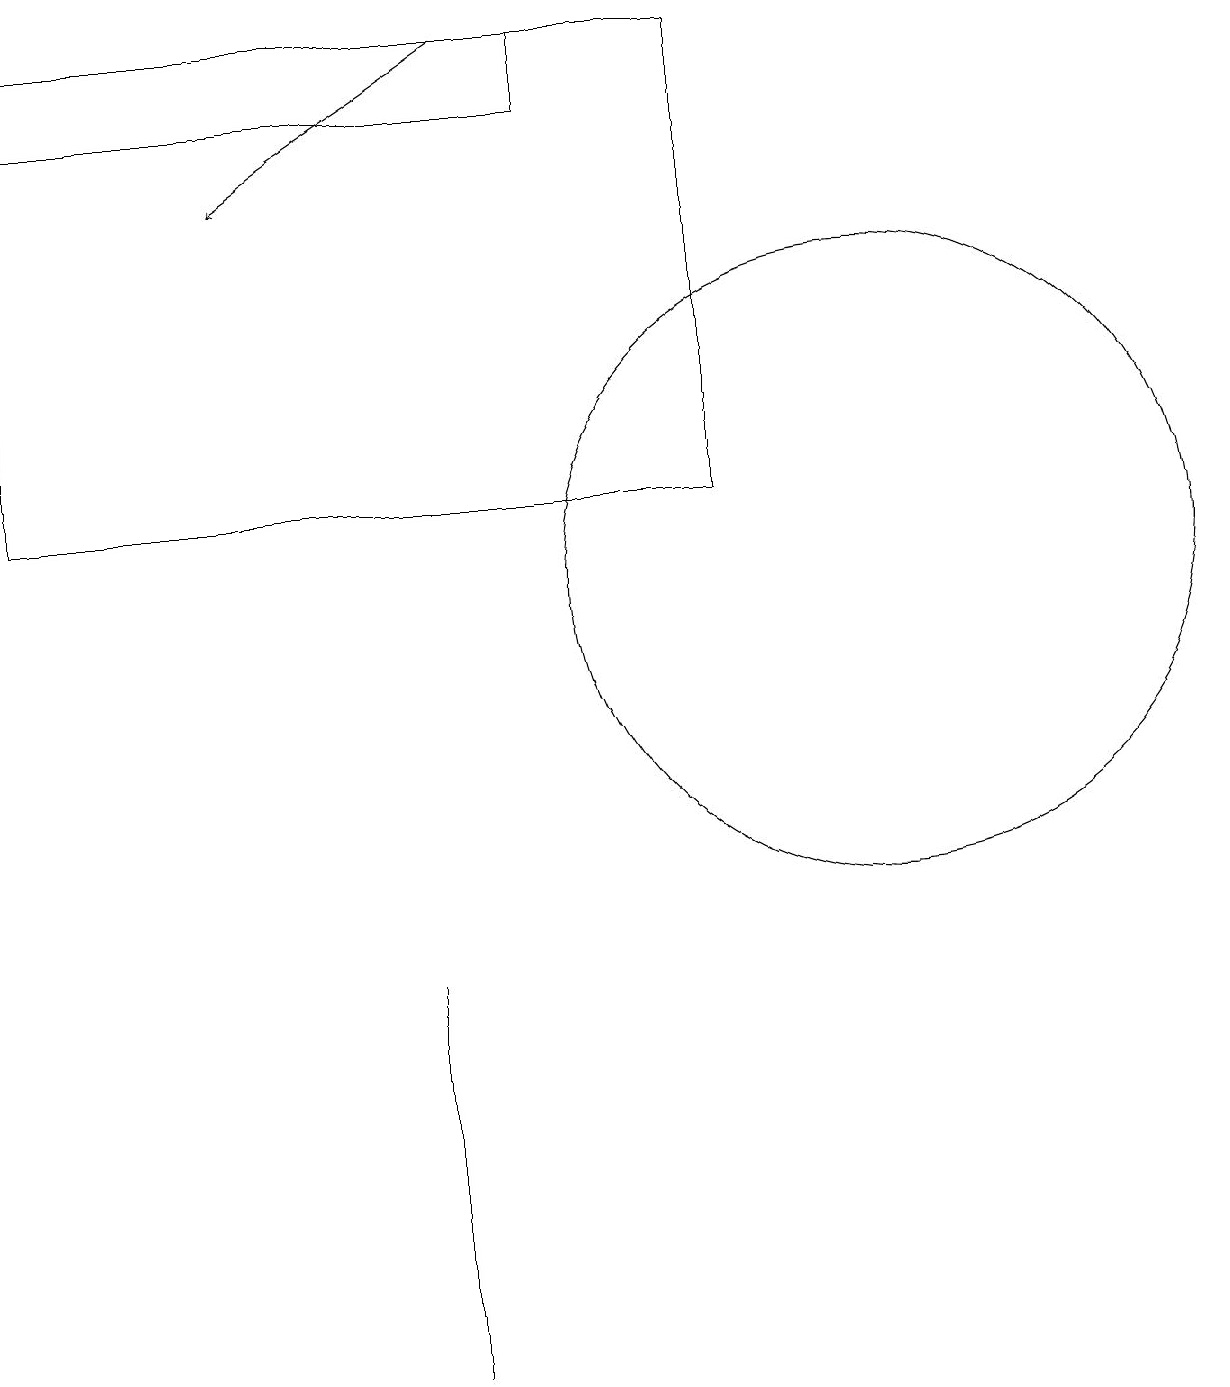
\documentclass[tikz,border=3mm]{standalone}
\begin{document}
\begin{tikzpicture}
\draw (3,14) rectangle (3,14);
\draw[->] (6,18) -- (3,16);
\draw (0,18) rectangle (9,12);
\draw (11,11) circle (4);
\draw (0,18) rectangle (7,17);
\draw (5,1) -- (5,6) -- (5,2) -- cycle;
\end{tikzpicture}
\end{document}